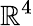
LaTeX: \mathbb{R}^{4}